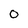
Character: O